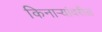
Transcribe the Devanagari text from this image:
किनार्‍यांवरील